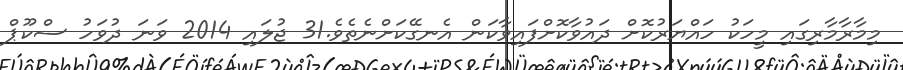
މިމާރާމާރިގައި މީހަކު ހައްޔަރުކޮށް ދައުވާކޮށްފައިވާކަން އެނގޭކަށްނެތެވެ.31 ޖުލައި 2014 ވަނަ ދުވަހު ސްކޫޕް